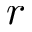
r